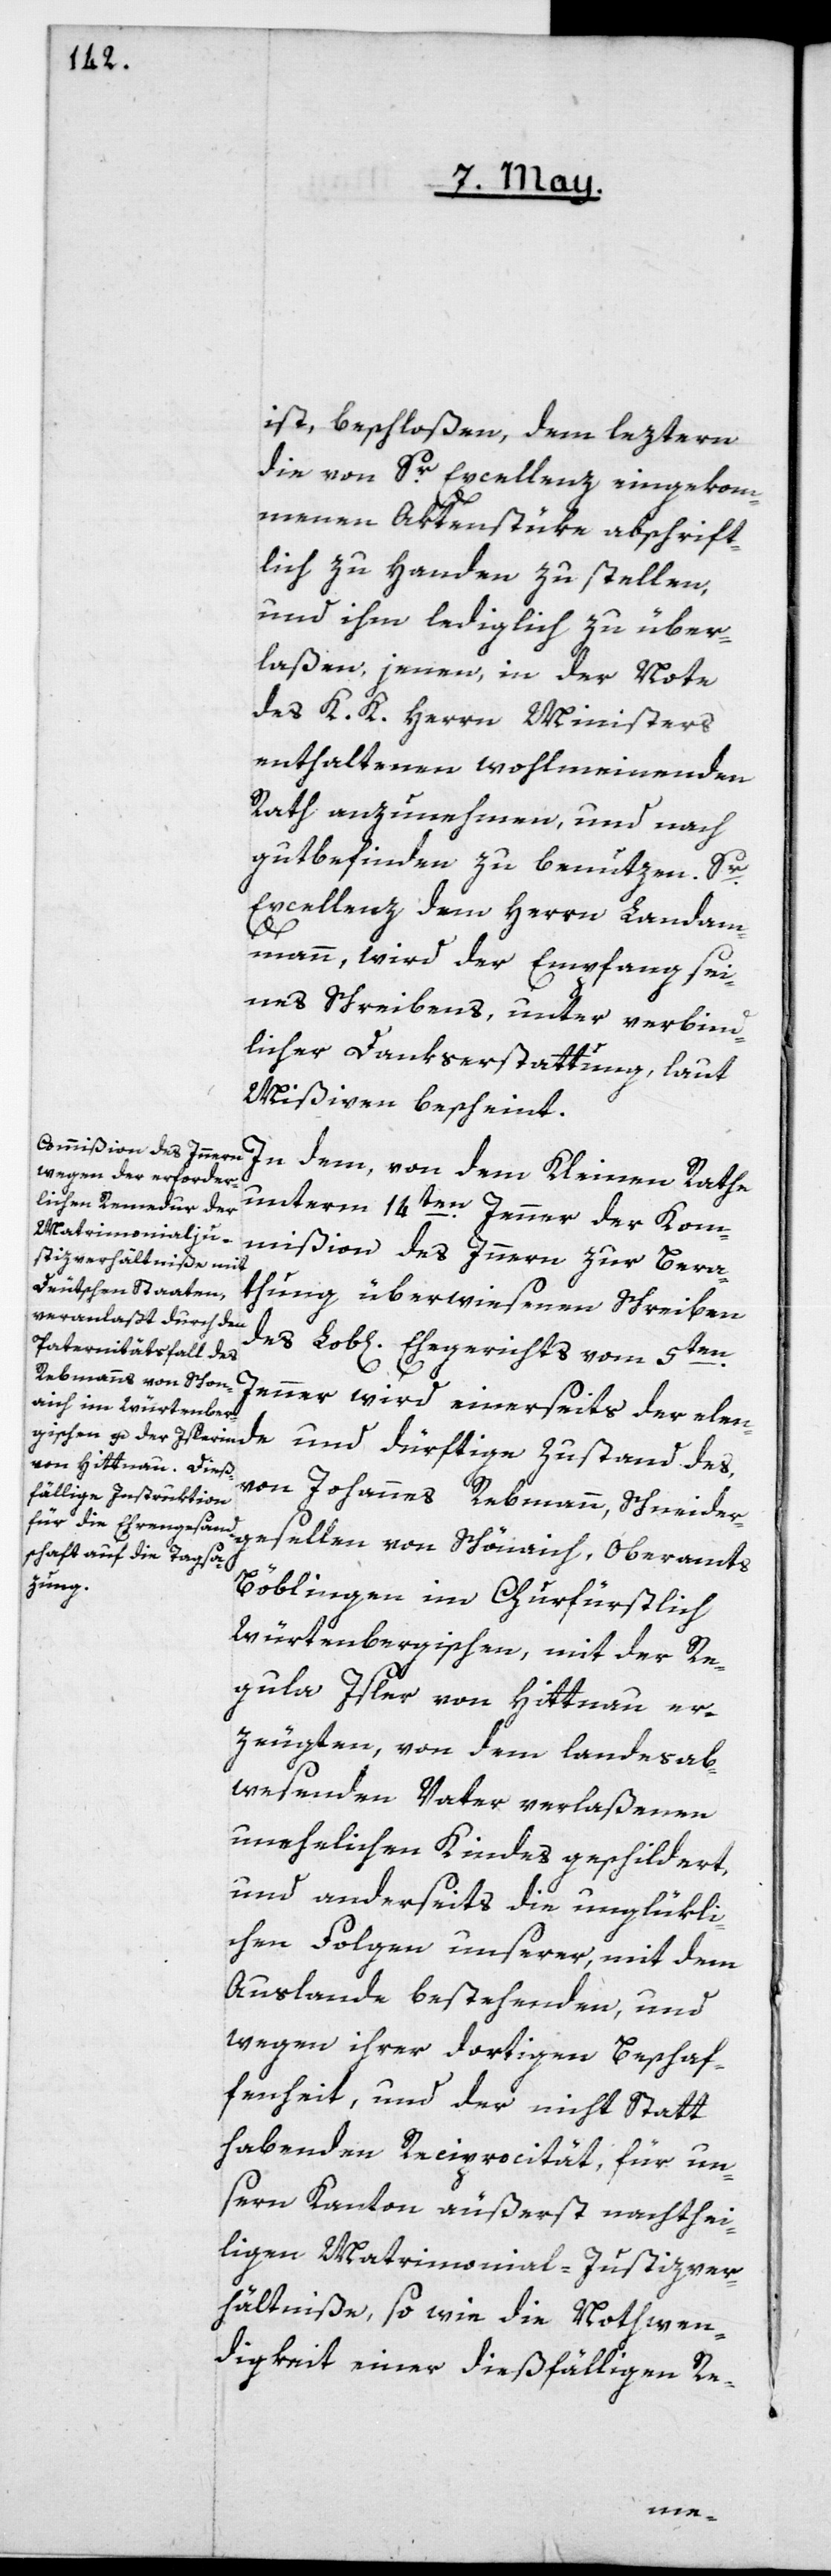
ist, beschloßen, dem leztern
die von Sr. Excellenz eingekom¬
menen Aktenstüke abschrift¬
lich zu Handen zu stellen,
und ihm lediglich zu über¬
laßen, jenen, in der Note
des K. K. Herrn Ministers
enthaltenen wohlmeinenden
Rath anzunehmen, und nach
gutbefinden zu benutzen. Sr.
Excellenz dem Herrn Landam¬
mann, wird der Empfang sei¬
nes Schreibens, unter verbind¬
licher Dankserstattung, laut
Mißiven bescheint.
In dem, von dem Kleinen Rathe
unterm 14ten Jenner der Kom¬
mißion des Innern zur Bera¬
thung überwiesenen Schreiben
des Lob[lichen] Ehegerichts vom 5ten
Jenner wird einerseits der elen¬
de und dürftige Zustand des,
von Johannes Rebmann, Schneider¬
gesellen von Schönaich, Oberamts
Böblingen im Churfürstlich
Würtembergischen, mit der Re¬
gula Isler von Hittnau er¬
zeugten, von dem landesab¬
wesenden Vater verlaßenen
unehelichen Kindes geschildert,
und anderseits die unglükli¬
chen Folgen unserer, mit dem
Auslande bestehenden, und
wegen ihrer dortigen Beschaf¬
fenheit, und der nicht Statt
habenden Reciprocität, für un¬
sern Kanton äußerst nachthei¬
ligen Matrimonial-Justizver¬
hältniße, so wie die Nothwen¬
digkeit einer dießfälligen Re-